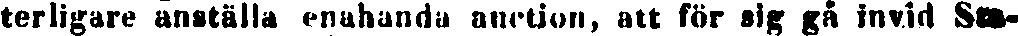
terligare anställa enahanda auction, att för sig gå invid Sta-